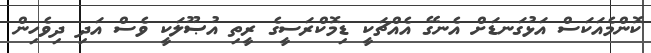
ކޮންމެއަކަސް އަޅުގަނޑަށް އެނގޭ އެއްޗަކީ ޑިމޮކްރަސީގެ ރީތި އުޞޫލަކީ ވެސް އަދި ދިވެހިން